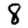
Digit: 8